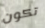
تكون